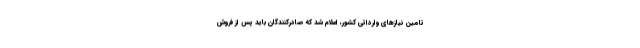
تامین نیازهای وارداتی کشور، اعلام شد که صادرکنندگان باید پس از فروش